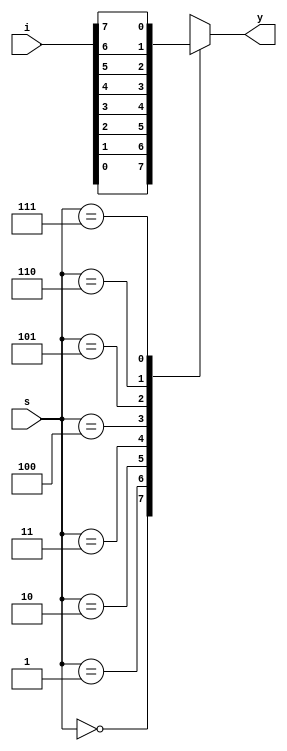
// Mux 8x1 version-1

`timescale 1ns/1ps

module mux8x1(i,s,y);
  
  input [7:0]i;
  input [2:0]s;
  output reg y;
  
  always@*
    case(s)
      3'b000: y=i[0];
      3'b001: y=i[1];
      3'b010: y=i[2];
      3'b011: y=i[3];
      3'b100: y=i[4];
      3'b101: y=i[5];
      3'b110: y=i[6];
      3'b111: y=i[7];
    endcase
  
endmodule